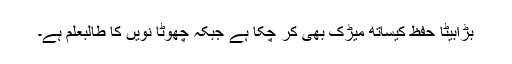
بڑابیٹا حفظ کیساتھ میڑک بھی کر چکا ہے جبکہ چھوٹا نویں کا طالبعلم ہے۔